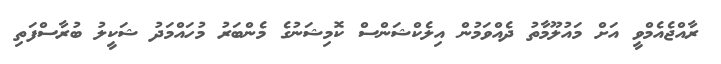
ރާއްޖެއެމްވީ އަށް މައުލޫމާތު ދެއްވަމުން އިލެކްޝަންސް ކޮމިޝަނުގެ މެންބަރު މުހައްމަދު ޝަކީލު ބުރާސްފަތި